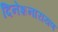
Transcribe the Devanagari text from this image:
दिनेशनारायण